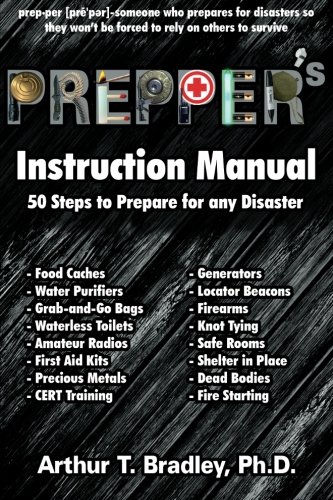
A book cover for Prepper's Instruction Manual: 50 Steps to Prepare for any Disaster; Dr. Arthur T Bradley; Health, Fitness & Dieting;